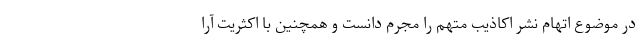
در موضوع اتهام نشر اکاذیب متهم را مجرم دانست و همچنین با اکثریت آرا